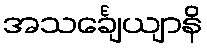
အသင်္ချေယျာနိ